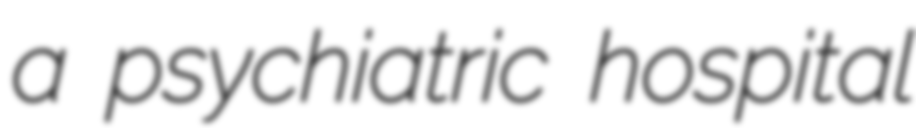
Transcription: a psychiatric hospital